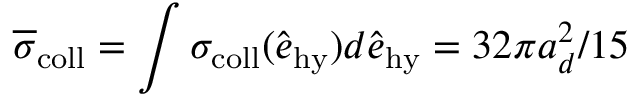
\overline { { \sigma } } _ { \mathrm { c o l l } } = \int \sigma _ { \mathrm { c o l l } } ( \hat { \boldsymbol { e } } _ { \mathrm { h y } } ) d \hat { \boldsymbol { e } } _ { \mathrm { h y } } = { 3 2 \pi a _ { d } ^ { 2 } / 1 5 }